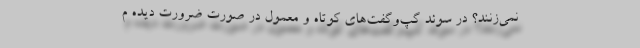
نمی‌زنند؟ در سوئد گپ‌و‌گفت‌های کوتاه و معمول در صورت ضرورت دیده م